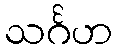
သင်္ဂဟ